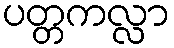
ပတ္တကလ္လာ